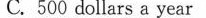
C.500 dollars a year